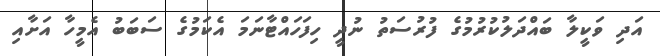
އަދި ވަކީލާ ބައްދަލުކުރުމުގެ ފުުރުސަތު ނުދީ ހިފަހައްޓާނަމަ އެކަމުގެ ސަބަބު އެމީހާ އަށާއި